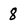
Character: 8